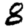
Digit: 8